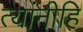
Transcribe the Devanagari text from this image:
त्यांनीहि